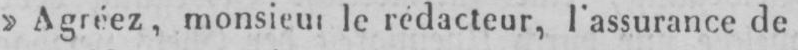
»Agréez, monsieur le rédacteur, l’assurance de